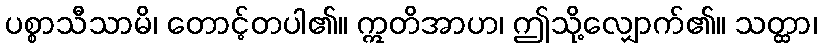
ပစ္စာသီသာမိ၊ တောင့်တပါ၏။ ဣတိအာဟ၊ ဤသို့လျှောက်၏။ သတ္ထာ၊